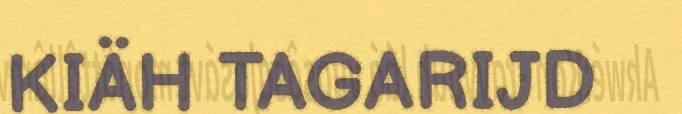
KIÄH TAGARIJD